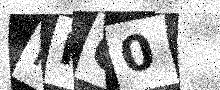
Text: KMQ0